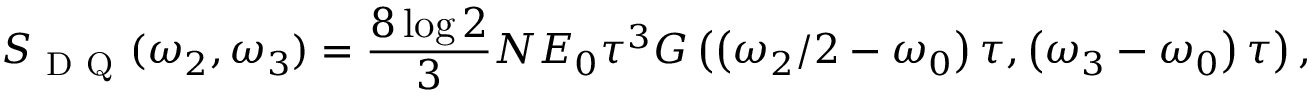
S _ { \mathrm { ~ D ~ Q ~ } } ( \omega _ { 2 } , \omega _ { 3 } ) = \frac { 8 \log 2 } { 3 } N E _ { 0 } \tau ^ { 3 } G \left( \left( \omega _ { 2 } / 2 - \omega _ { 0 } \right) \tau , \left( \omega _ { 3 } - \omega _ { 0 } \right) \tau \right) ,